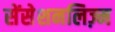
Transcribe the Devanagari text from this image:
सेंसेशनलिज़्म